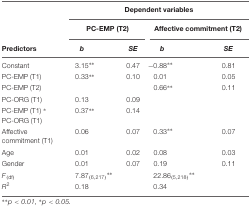
<table><thead><tr><td></td><td colspan="4"><b>Dependent variables</b></td></tr><tr><td></td><td colspan="2"><b>PC-EMP (T2)</b></td><td colspan="2"><b>Affective commitment (T2)</b></td></tr><tr><td><b>Predictors</b></td><td><b><i>b</i></b></td><td><b><i>SE</i></b></td><td><b><i>b</i></b></td><td><b><i>SE</i></b></td></tr></thead><tbody><tr><td>Constant</td><td>3.15<sup>∗∗</sup></td><td>0.47</td><td>-0.88<sup>∗∗</sup></td><td>0.81</td></tr><tr><td>PC-EMP (T1)</td><td>0.33<sup>∗∗</sup></td><td>0.10</td><td>0.01</td><td>0.05</td></tr><tr><td>PC-EMP (T2)</td><td></td><td></td><td>0.66<sup>∗∗</sup></td><td>0.11</td></tr><tr><td>PC-ORG (T1)</td><td>0.13</td><td>0.09</td><td></td><td></td></tr><tr><td>PC-EMP (T1) <sup>∗</sup> PC-ORG (T1)</td><td>0.37<sup>∗∗</sup></td><td>0.14</td><td></td><td></td></tr><tr><td>Affective commitment (T1)</td><td>0.06</td><td>0.07</td><td>0.33<sup>∗∗</sup></td><td>0.07</td></tr><tr><td>Age</td><td>0.01</td><td>0.02</td><td>0.08</td><td>0.03</td></tr><tr><td>Gender</td><td>0.01</td><td>0.07</td><td>0.19</td><td>0.11</td></tr><tr><td><i>F</i><sub>(df)</sub></td><td>7.87<sub>(6,217)</sub><sup>∗∗</sup></td><td></td><td>22.86 <sub>(5,218)</sub><sup>∗∗</sup></td><td></td></tr><tr><td><i>R</i><sup>2</sup></td><td>0.18</td><td></td><td>0.34</td><td></td></tr></tbody></table>